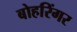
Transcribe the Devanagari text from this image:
बोहरिंगर